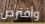
وأفترض